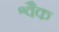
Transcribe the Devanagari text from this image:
श्वैक